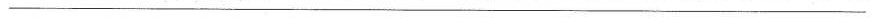
___